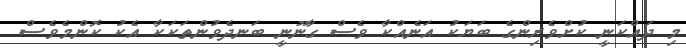
މި ދައްކަނީ ކުށްވެރިންގެ ބަޔަކު އަނެއްކާ ވެސް ގާނޫނީ ބަނދެވުންތަކަކާ އެކު ކޮންމެވެސް